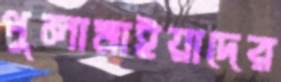
পুলামাইয়াদের